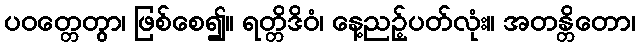
ပဝတ္တေတွာ၊ ဖြစ်စေ၍။ ရတ္တိဒိဝံ၊ နေ့ညဉ့်ပတ်လုံး။ အတန္တိတော၊